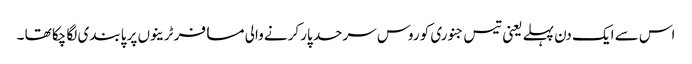
اس سے ایک دن پہلے یعنی تیس جنوری کو روس سرحد پار کرنے والی مسافر ٹرینوں پر پابندی لگا چکا تھا ۔